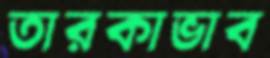
তারকাভাব